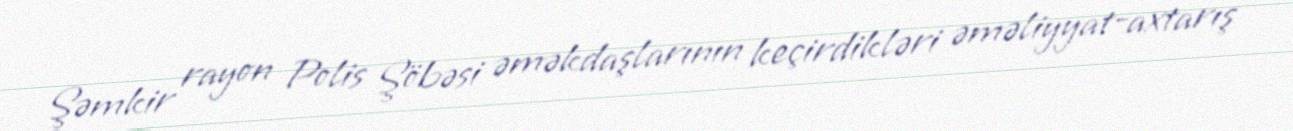
Şəmkir rayon Polis Şöbəsi əməkdaşlarının keçirdikləri əməliyyat-axtarış